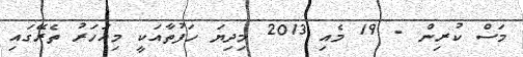
މަސް ކުރިން - 19 މެއި 2013 މިދިޔަ ހަފުތާއަކީ މިއަހަރު ތެރޭގައި